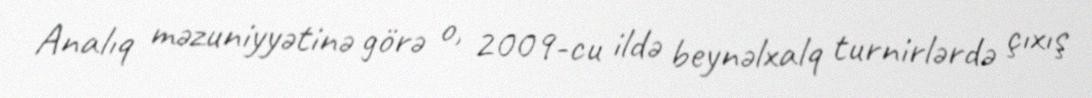
Analıq məzuniyyətinə görə o, 2009-cu ildə beynəlxalq turnirlərdə çıxış